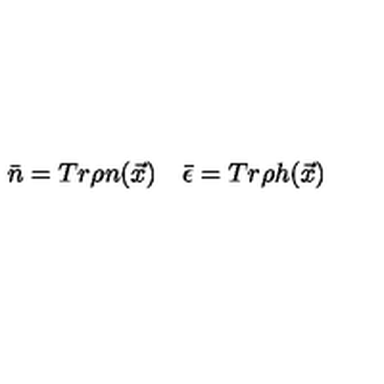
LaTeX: \bar { n } = T r \rho n ( \vec { x } ) \quad \bar { \epsilon } = T r \rho h ( \vec { x } )